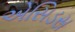
એસિડસ